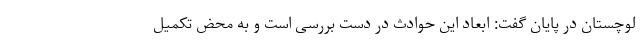
لوچستان در پایان گفت: ابعاد این حوادث در دست بررسی است و به محض تکمیل